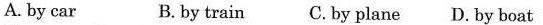
A. by car B. by train C.By plane D.By boat